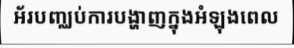
អ័របញ្ឈប់ការបង្ហាញក្នុងអំឡុងពេល